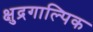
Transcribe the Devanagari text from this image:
क्षुद्रगाल्पिक